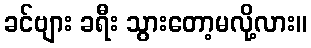
ခင်ဗျား ခရီး သွားတော့မလို့လား။